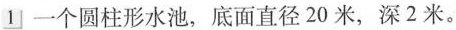
1 一个圆柱形水池，底面直径20米，深2米。